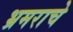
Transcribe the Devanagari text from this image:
भ्रमराचे